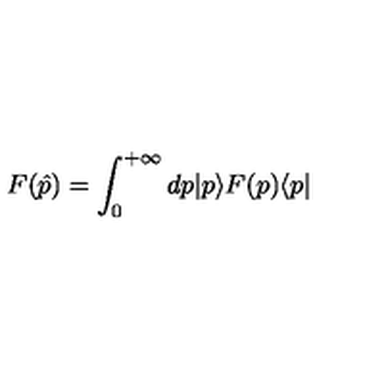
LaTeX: F ( \hat { p } ) = \int _ { 0 } ^ { + \infty } d p | p \rangle F ( p ) \langle p |